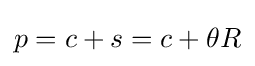
p=c+s=c+\theta R